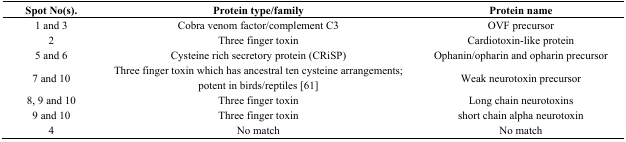
<table><thead><tr><td><b>Spot No(s).</b></td><td><b>Protein type/family</b></td><td><b>Protein name</b></td></tr></thead><tbody><tr><td>1 and 3</td><td>Cobra venom factor/complement C3</td><td>OVF precursor</td></tr><tr><td>2</td><td>Three finger toxin</td><td>Cardiotoxin-like protein</td></tr><tr><td>5 and 6</td><td>Cysteine rich secretory protein (CRiSP)</td><td>Ophanin/opharin and opharin precursor</td></tr><tr><td>7 and 10</td><td>Three finger toxin which has ancestral ten cysteine arrangements; potent in birds/reptiles [61]</td><td>Weak neurotoxin precursor</td></tr><tr><td>8, 9 and 10</td><td>Three finger toxin</td><td>Long chain neurotoxins</td></tr><tr><td>9 and 10</td><td>Three finger toxin</td><td>short chain alpha neurotoxin</td></tr><tr><td>4</td><td>No match</td><td>No match</td></tr></tbody></table>